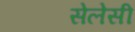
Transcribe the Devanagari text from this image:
सेलेसी